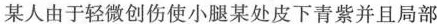
某人由于轻微创伤使小腿某处皮下青紫并且局部